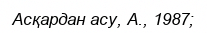
Асқардан асу, А., 1987;